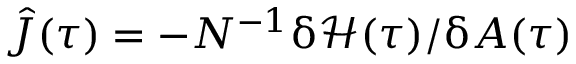
\hat { J } ( \tau ) = - N ^ { - 1 } \updelta \mathcal { H } ( \tau ) / \updelta A ( \tau )